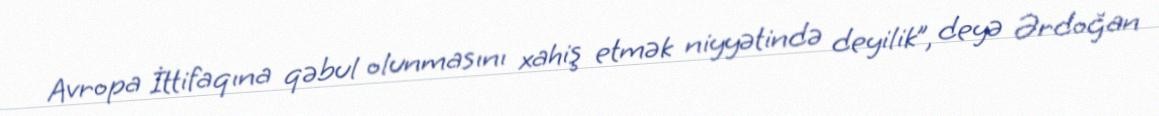
Avropa İttifaqına qəbul olunmasını xahiş etmək niyyətində deyilik”, deyə Ərdoğan